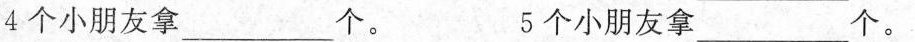
4个小朋友拿___个。 5个小朋友拿__个。